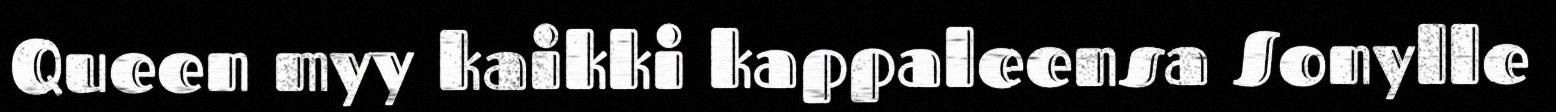
Queen myy kaikki kappaleensa Sonylle